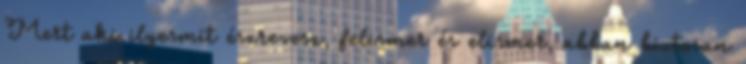
Mert aki ilyesmit észrevesz, felismer és elismer, abban biztosan